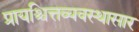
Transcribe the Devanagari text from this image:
प्रायश्चित्तव्यवस्थासार